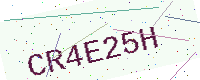
Text: CR4E25H